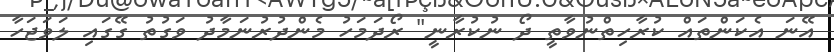
އޭނަ އެކަންތައް ކުރާހިތްނުވާތީ ދޯ ނުކުރާނީ" ރޯދަމަހު މެންދުރުނަމާދު ވަގުތު ގޭގައި ލަވަޖަހާ